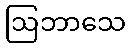
ဩဘာသေ